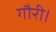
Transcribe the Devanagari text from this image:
गौरी।